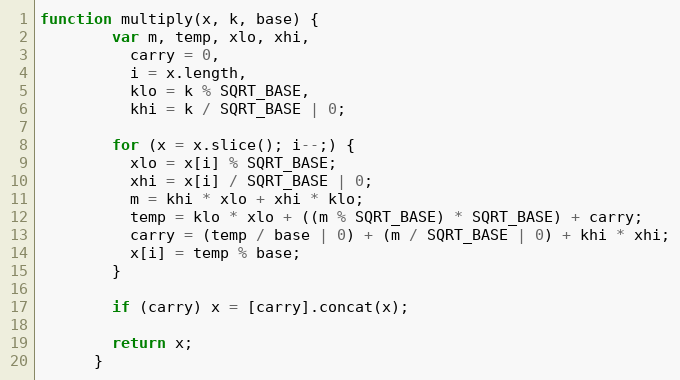
Language: JavaScript
function multiply(x, k, base) {
        var m, temp, xlo, xhi,
          carry = 0,
          i = x.length,
          klo = k % SQRT_BASE,
          khi = k / SQRT_BASE | 0;

        for (x = x.slice(); i--;) {
          xlo = x[i] % SQRT_BASE;
          xhi = x[i] / SQRT_BASE | 0;
          m = khi * xlo + xhi * klo;
          temp = klo * xlo + ((m % SQRT_BASE) * SQRT_BASE) + carry;
          carry = (temp / base | 0) + (m / SQRT_BASE | 0) + khi * xhi;
          x[i] = temp % base;
        }

        if (carry) x = [carry].concat(x);

        return x;
      }